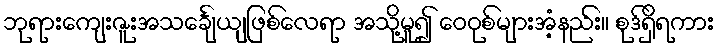
ဘုရားကျေးဇူးအသင်္ချေယျဖြစ်လေရာ အသို့မူ၍ ဝေဝုစ်များအံ့နည်း။ စုဒ်ရှိရကား